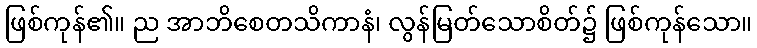
ဖြစ်ကုန်၏။ ည အာဘိစေတသိကာနံ၊ လွန်မြတ်သောစိတ်၌ ဖြစ်ကုန်သော။